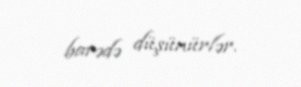
barədə düşünürlər.